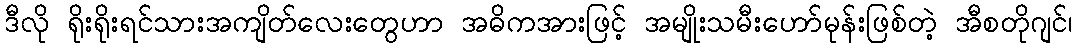
ဒီလို ရိုးရိုးရင်သားအကျိတ်လေးတွေဟာ အဓိကအားဖြင့် အမျိုးသမီးဟော်မုန်းဖြစ်တဲ့ အီစတိုဂျင်၊